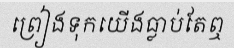
ព្រៀងទុកយើងធ្លាប់តែឮ